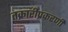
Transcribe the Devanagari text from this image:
तक्रारीप्रकरणी